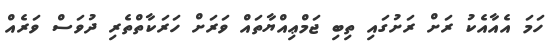
ހަމަ އެއާއެކު ރަށް ރަށުގައި ތިބި ޖަމްޢިއްޔާތައް ވަރަށް ހަރަކާތްތެރި ދުވަސް ވަރެއް